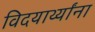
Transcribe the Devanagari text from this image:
विदयार्थ्यांना